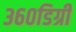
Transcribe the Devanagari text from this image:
३६०डिग्री